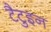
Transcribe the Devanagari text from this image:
टैटुइन